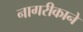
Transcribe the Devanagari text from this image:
नागरीकाने